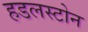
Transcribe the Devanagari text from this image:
हडलस्टोन